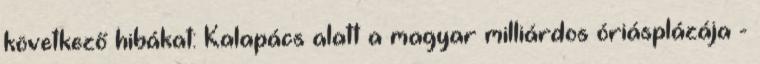
következő hibákat: Kalapács alatt a magyar milliárdos óriásplázája -